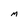
Character: M